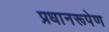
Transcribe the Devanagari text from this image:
प्रधानरूपेण